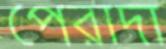
পেরাদা